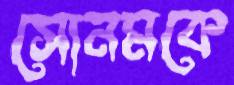
সোনমকে